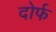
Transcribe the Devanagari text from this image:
दोर्फ